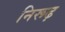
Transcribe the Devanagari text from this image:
निरूढ़